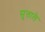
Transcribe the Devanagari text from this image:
सुत्ताले